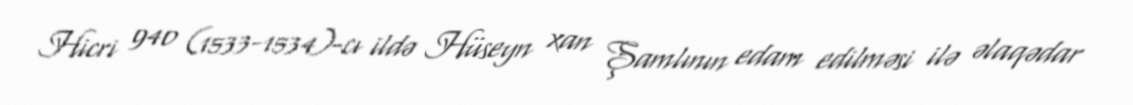
Hicri 940 (1533-1534)-cı ildə Hüseyn xan Şamlının edam edilməsi ilə əlaqədar